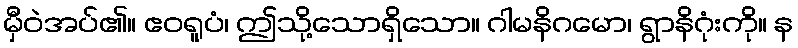
မှီဝဲအပ်၏။ ဧဝရူပံ၊ ဤသို့သောရှိသော။ ဂါမနိဂမော၊ ရွာနိဂုံးကို။ န